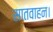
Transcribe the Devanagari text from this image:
सातवाहन।